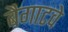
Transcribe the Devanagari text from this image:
बैगाटवे